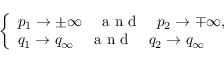
\left\{ \begin{array} { l l } { p _ { 1 } \to \pm \infty \quad \mathrm { ~ a ~ n ~ d ~ } \quad p _ { 2 } \to \mp \infty , } \\ { q _ { 1 } \to q _ { \infty } \quad \mathrm { ~ a ~ n ~ d ~ } \quad q _ { 2 } \to q _ { \infty } } \end{array} \right.